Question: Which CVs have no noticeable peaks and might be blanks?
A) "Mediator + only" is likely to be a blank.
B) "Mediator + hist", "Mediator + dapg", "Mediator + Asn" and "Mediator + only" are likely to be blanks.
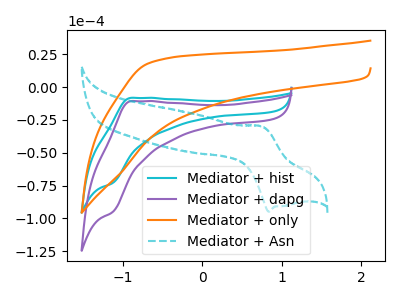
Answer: <think>The cyan curve "Mediator + hist" has an anodic peak at (-0.90V, -8.20uA) and a cathodic peak at (-1.15V, -73.15uA). The purple curve "Mediator + dapg" has an anodic peak at (-0.90V, -10.65uA) and a cathodic peak at (-1.15V, -95.25uA). The orange curve "Mediator + only" has no peaks. The cyan dashed curve "Mediator + Asn" has an anodic peak at (0.75V, -29.85uA) and a cathodic peak at (0.85V, -94.85uA).</think>
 <answer>A) "Mediator + only" is likely to be a blank.</answer>
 <eval>A</eval>